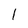
Character: 1